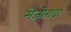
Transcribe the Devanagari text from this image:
मेजोरादा